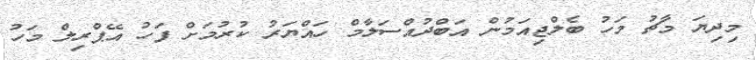
މިދިޔަ މާޗު މަހު ބެލްޖިއަމުން އަބްދުއްސަލާމް ހައްޔަރު ކުރުމަށް ފަހު އޭޕްރިލް މަހު